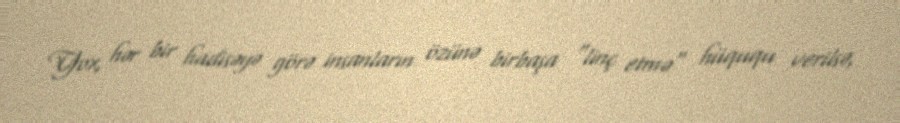
Yox, hər bir hadisəyə görə insanların özünə birbaşa "linç etmə" hüququ verilsə,